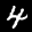
Label: 4